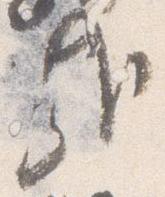
哉